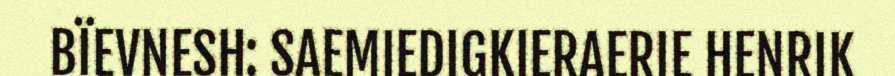
BÏEVNESH: SAEMIEDIGKIERAERIE HENRIK